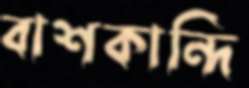
বাশকান্দি